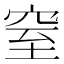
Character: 窒